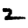
Digit: 2